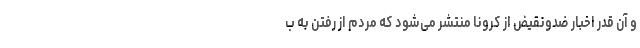
و آن قدر اخبار ضدونقیض از کرونا منتشر می‌شود که مردم از رفتن به ب